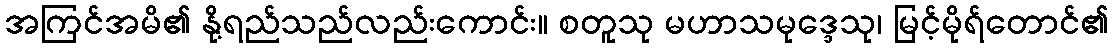
အကြင်အမိ၏ နို့ရည်သည်လည်းကောင်း။ စတူသု မဟာသမုဒ္ဒေသု၊ မြင့်မိုရ်တောင်၏